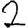
Digit: 2